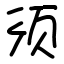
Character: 须